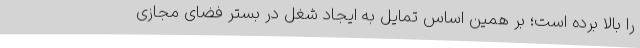
را بالا برده است؛ بر همین اساس تمایل به ایجاد شغل در بستر فضای مجازی